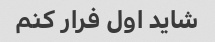
شاید اول فرار کنم